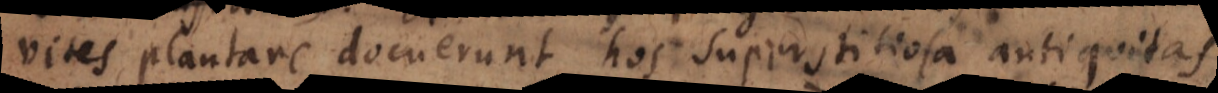
vites plantare docuerunt, hos superstitiosa antiquitas